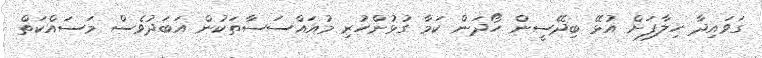
ގަވައިދާ ހިލާފަށް އުޅޭ ބިދޭސީން ހޯދަން ކަމާ ގުޅުންހުރި މުއައްސަސާތަކުން އަބަދުވެސް މަސައްކަތް